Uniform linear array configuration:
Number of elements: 4
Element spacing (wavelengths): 1
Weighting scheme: binomial
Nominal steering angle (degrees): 0
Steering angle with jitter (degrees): -0.2206
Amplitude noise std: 0.05
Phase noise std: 0.05

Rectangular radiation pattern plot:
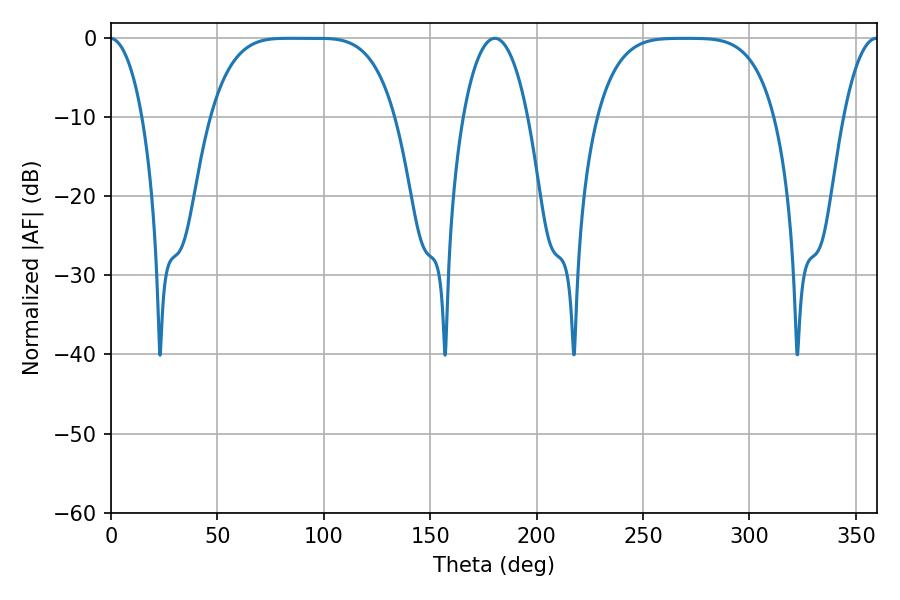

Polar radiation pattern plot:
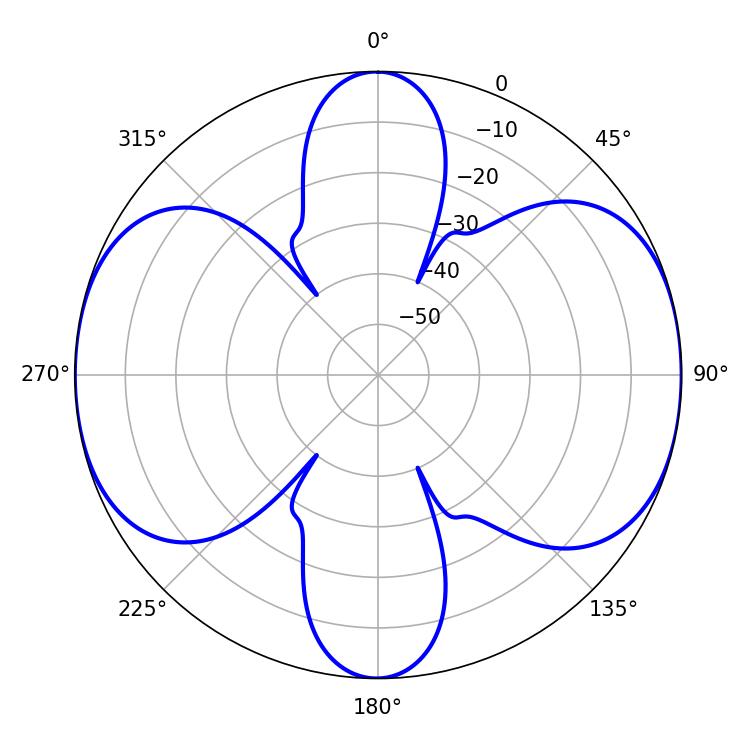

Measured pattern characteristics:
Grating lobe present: TRUE
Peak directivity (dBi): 15.931
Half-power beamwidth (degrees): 65.16
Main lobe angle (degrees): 83.52